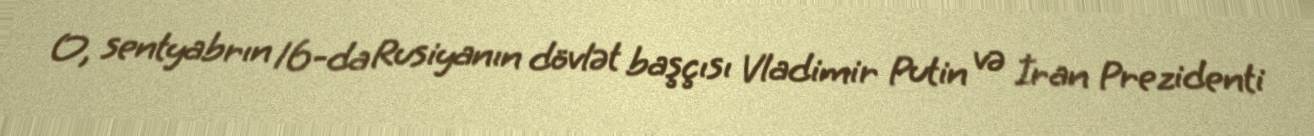
O, sentyabrın 16-da Rusiyanın dövlət başçısı Vladimir Putin və İran Prezidenti